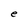
Character: e